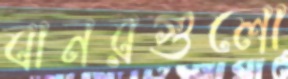
বানরগুলো